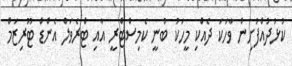
ކުޅުދުއްފުށިން ވާހަކަ ދެއްކި މީހަކު ބުނީ ކެމިސްޓްރީ އާއި ޓްރެވަލް އެންޑް ޓޫރިޒަމް